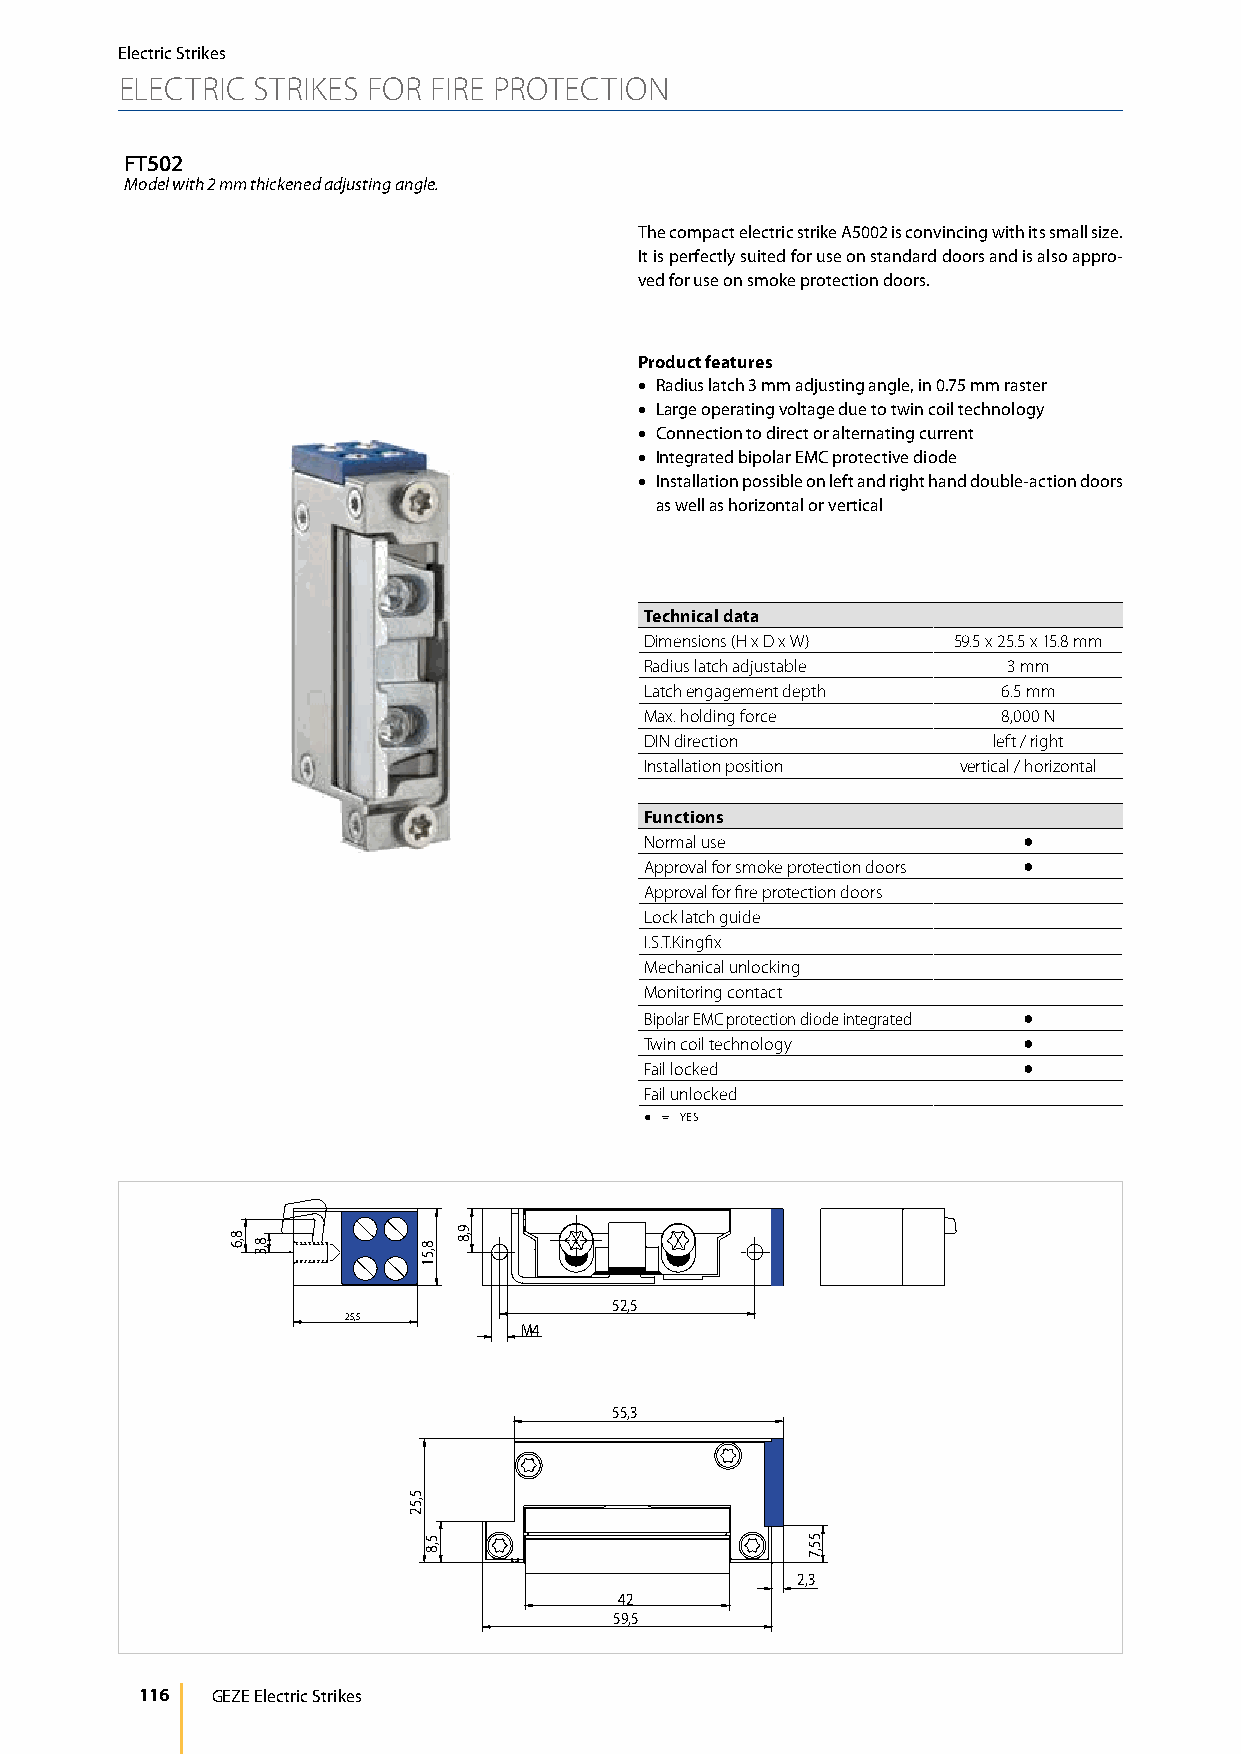
Electric Strikes
 ELECTRIC STRIKES FOR FIRE PROTECTION
 FT502
 Model with 2 mm thickened adjusting angle.
 The compact electric strike A5002 is convincing with its small size.
 It is perfectly suited for use on standard doors and is also appro-
 ved for use on smoke protection doors.
 Product features
 • Radius latch 3 mm adjusting angle, in 0.75 mm raster
 • Large operating voltage due to twin coil technology
 • Connection to direct or alternating current
 • Integrated bipolar EMC protective diode
 • Installation possible on left and right hand double-action doors
 as well as horizontal or vertical
 Technical data
 Dimensions (H x D x W) 59.5 x 25.5 x 15.8 mm
 Radius latch adjustable 3 mm
 Latch engagement depth 6.5 mm
 Max. holding force     8,000 N
 DIN direction          left / right
 Installation position vertical / horizontal
 Functions
 Normal use               ●
 Approval for smoke protection doors ●
 Approval for fire protection doors
 Lock latch guide
 I.S.T.Kingfix
 Mechanical unlocking
 Monitoring contact
 Bipolar EMC protection diode integrated ●
 Twin coil technology     ●
 Fail locked              ●
 Fail unlocked
 ● = YES
 52,5
 25,5
 M4
 55,3
 2,3
 42
 59,5
 116  GEZE Electric Strikes
 8,6
 8,3
 5,52
 8,51
 5,8
 9,8
 55,7